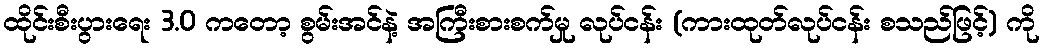
ထိုင်းစီးပွားရေး 3.0 ကတော့ စွမ်းအင်နဲ့ အကြီးစားစက်မှု လုပ်ငန်း (ကားထုတ်လုပ်ငန်း စသည်ဖြင့်) ကို